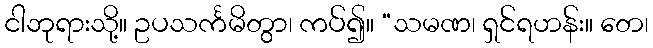
ငါဘုရားသို့။ ဥပသင်္ကမိတွာ၊ ကပ်၍။ “သမဏ၊ ရှင်ရဟန်း။ တေ၊